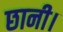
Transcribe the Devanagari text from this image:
छानी।